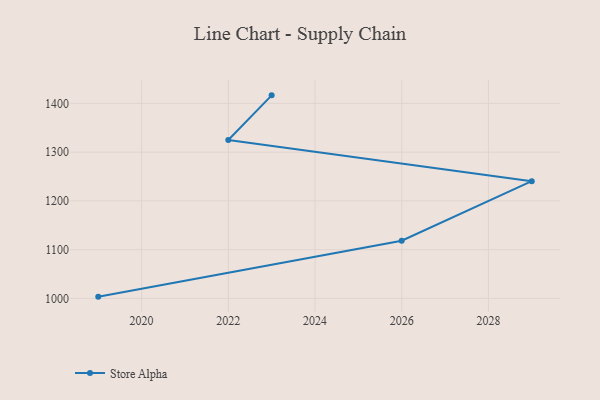
{"axis": {"x": "Year", "y": "Waste Production (Tons)"}, "legend": ["Store Alpha"], "data": [{"x": "2023", "y": 1416.4, "type": "Store Alpha"}, {"x": "2022", "y": 1324.9, "type": "Store Alpha"}, {"x": "2029", "y": 1240.4, "type": "Store Alpha"}, {"x": "2026", "y": 1118.1, "type": "Store Alpha"}, {"x": "2019", "y": 1003.5, "type": "Store Alpha"}]}